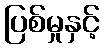
ပြစ်မှုနှင့်